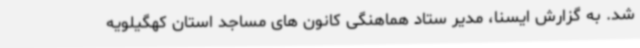
شد. به گزارش ایسنا، مدیر ستاد هماهنگی کانون های مساجد استان کهگیلویه